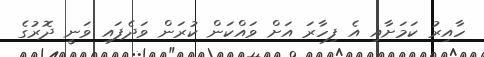
ހާއިރު ކަމަށާއި އެ ފިހާރަ އަށް ވައްކަން ކުރަން ވަދެފައި ވަނީ ދޮރުގެ